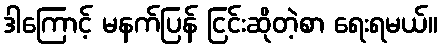
ဒါကြောင့် မနက်ပြန် ငြင်းဆိုတဲ့စာ ရေးရမယ်။